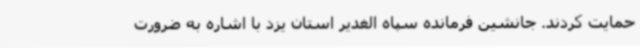
حمایت کردند. جانشین فرمانده سپاه الغدیر استان یزد با اشاره به ضرورت